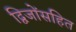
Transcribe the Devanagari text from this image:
द्विजोंसहित